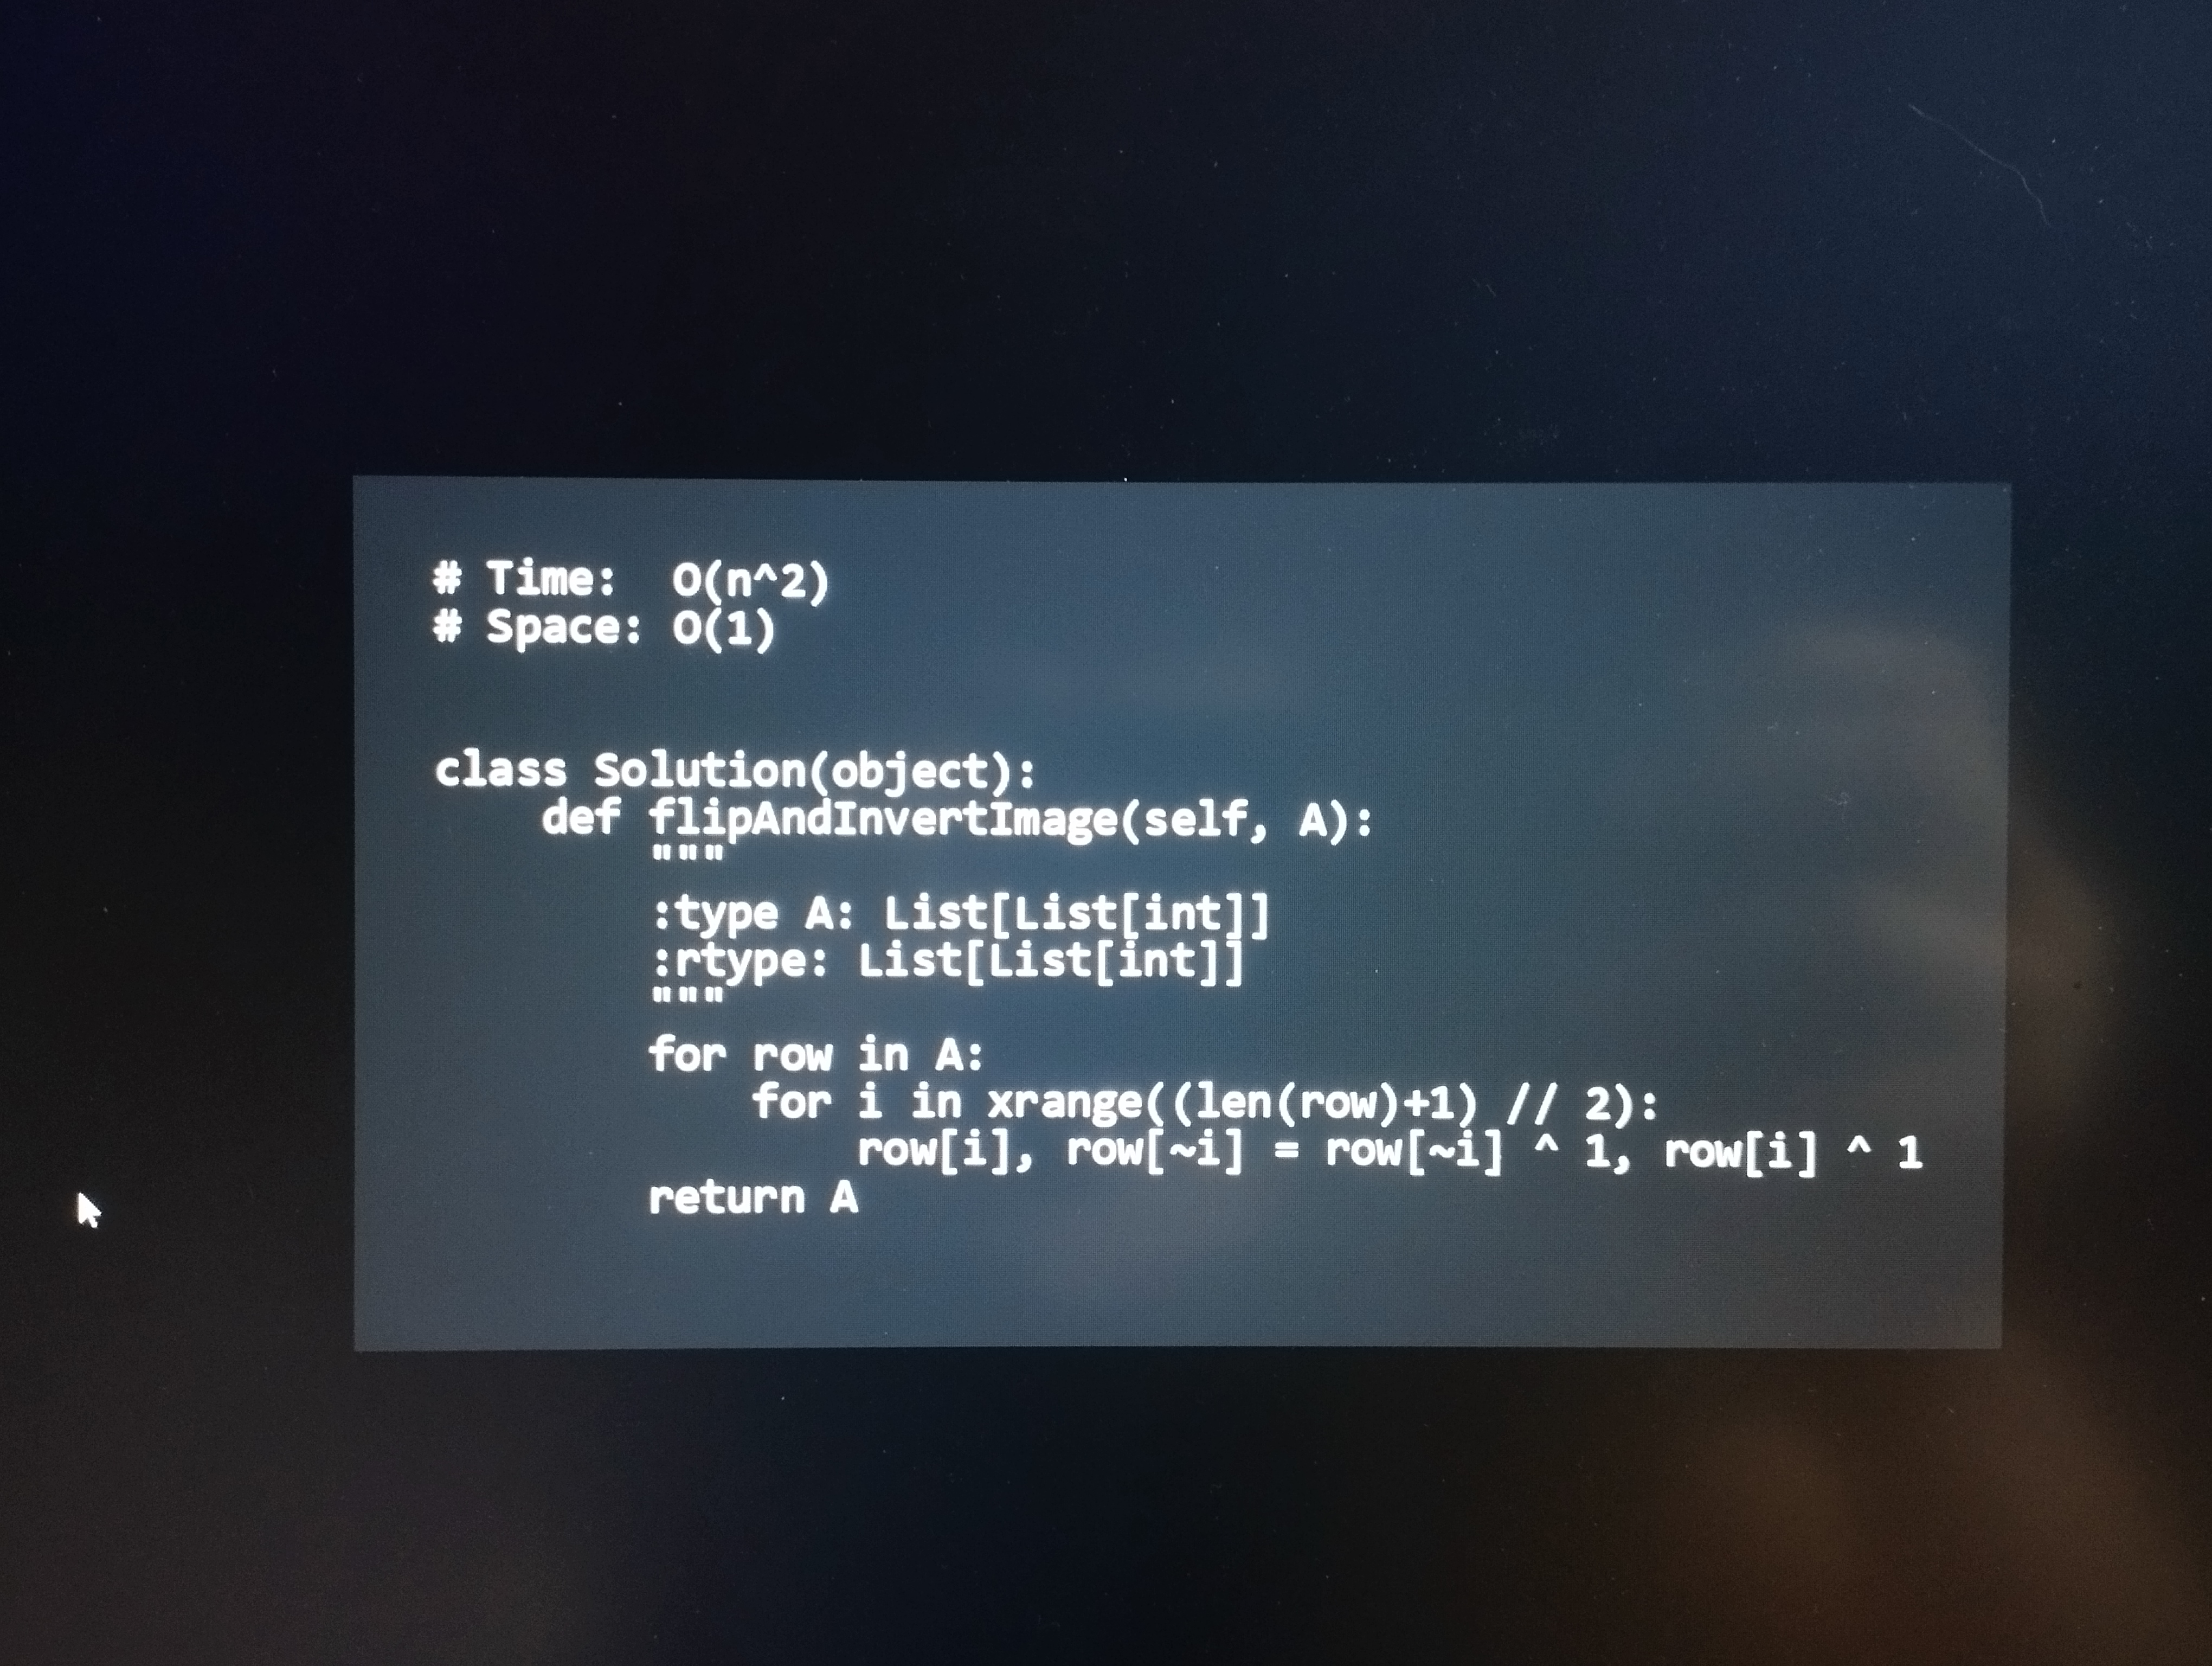
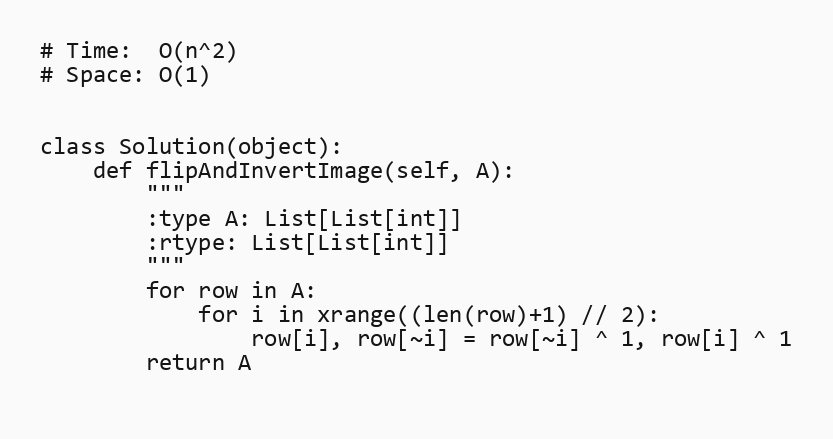
# Time:  O(n^2)
# Space: O(1)

class Solution(object):
    def flipAndInvertImage(self, A):
        """
        :type A: List[List[int]]
        :rtype: List[List[int]]
        """
        for row in A:
            for i in xrange((len(row)+1) // 2):
                row[i], row[~i] = row[~i] ^ 1, row[i] ^ 1
        return A